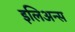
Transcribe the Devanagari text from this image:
इलिअन्स